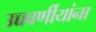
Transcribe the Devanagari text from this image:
उच्चवर्णीयांना